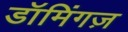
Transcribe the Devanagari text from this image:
डॉमिंगज़